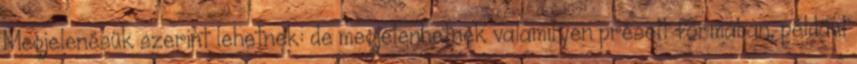
Megjelenésük szerint lehetnek: de megjelenhetnek valamilyen préselt formában, például